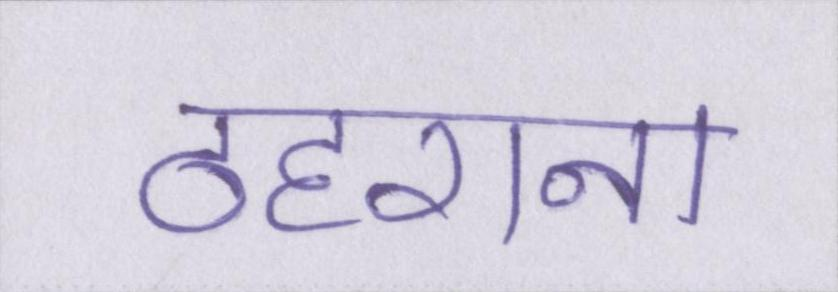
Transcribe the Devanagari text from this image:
ठहराना